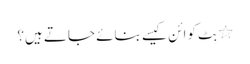
٭ بِٹ کوائن کیسے بنائے جاتے ہیں؟